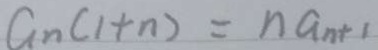
G _ { n } ( 1 + n ) = n a _ { n + 1 }